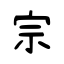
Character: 宗